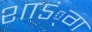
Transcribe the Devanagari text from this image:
शाऽं्ग